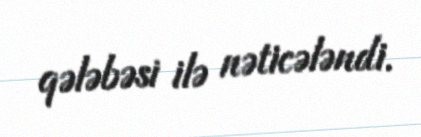
qələbəsi ilə nəticələndi.